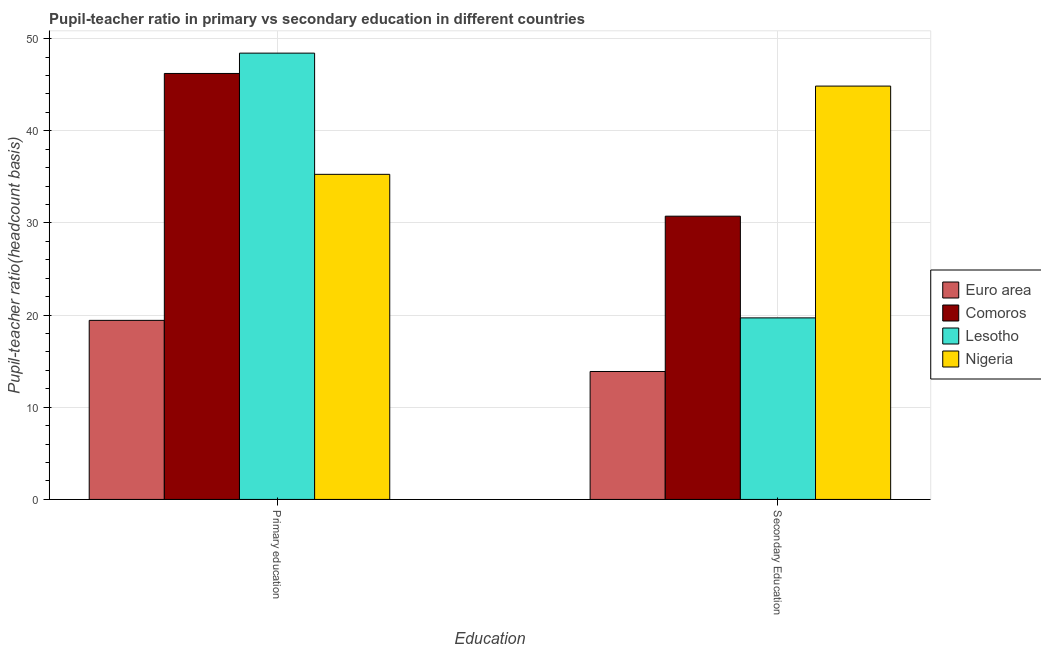
| Education | Euro area | Comoros | Lesotho | Nigeria |
 | --- | --- | --- | --- | --- |
 | Primary education | 19.4 | 46.2 | 48.4 | 35.3 |
 | Secondary Education | 13.9 | 30.7 | 19.7 | 44.8 |